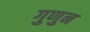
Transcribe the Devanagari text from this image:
गुणुन